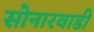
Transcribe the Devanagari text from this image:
सोनारवाडी